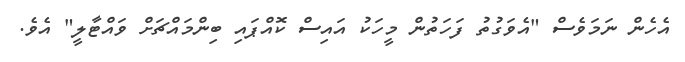
އެހެން ނަމަވެސް "އެވަގުތު ފަހަތުން މީހަކު އައިސް ކޮއްޕައި ބިންމައްޗަށް ވައްޓާލީ" އެވެ.